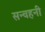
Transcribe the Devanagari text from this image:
सन्वहनी